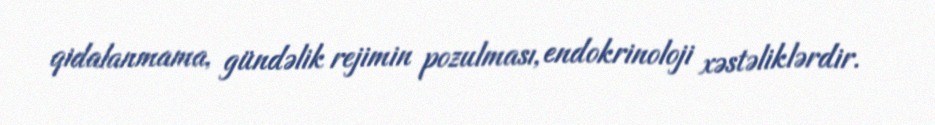
qidalanmama, gündəlik rejimin pozulması, endokrinoloji xəstəliklərdir.